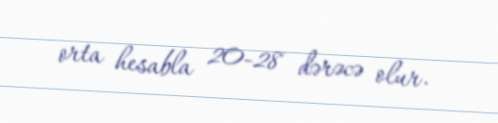
orta hesabla 20-28 dərəcə olur.